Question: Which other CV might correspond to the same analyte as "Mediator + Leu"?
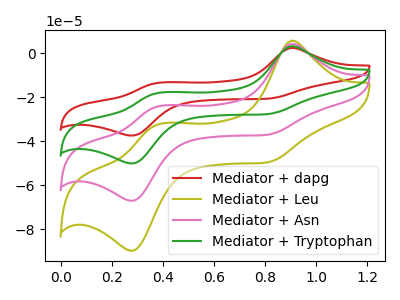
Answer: <think>The red curve "Mediator + dapg" has anodic peaks at (0.90V, 2.35uA) (0.40V, -13.55uA) and cathodic peaks at (0.80V, -20.80uA) (0.30V, -37.50uA). The olive curve "Mediator + Leu" has anodic peaks at (0.90V, 9.40uA) (0.40V, -54.30uA) and cathodic peaks at (0.80V, -83.40uA) (0.30V, -150.50uA). The pink curve "Mediator + Asn" has anodic peaks at (0.90V, 6.25uA) (0.40V, -36.20uA) and cathodic peaks at (0.80V, -55.60uA) (0.30V, -100.35uA). The green curve "Mediator + Tryptophan" has anodic peaks at (0.90V, 3.15uA) (0.40V, -18.10uA) and cathodic peaks at (0.80V, -27.80uA) (0.30V, -50.15uA).
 All the peaks in "Mediator + dapg" have a peak in "Mediator + Leu" at the same potential. All the peaks in "Mediator + dapg" have a peak in "Mediator + Asn" at the same potential. All the peaks in "Mediator + dapg" have a peak in "Mediator + Tryptophan" at the same potential. All the peaks in "Mediator + Leu" have a peak in "Mediator + Asn" at the same potential. All the peaks in "Mediator + Leu" have a peak in "Mediator + Tryptophan" at the same potential. All the peaks in "Mediator + Asn" have a peak in "Mediator + Tryptophan" at the same potential.</think>
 <answer>"Mediator + Leu", "Mediator + Asn" and "Mediator + Tryptophan" have a similar shape to "Mediator + dapg".</answer>
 <eval>"Mediator + Leu" "Mediator + Asn" "Mediator + Tryptophan"</eval>